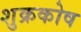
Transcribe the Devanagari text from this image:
शुक्रकोष